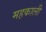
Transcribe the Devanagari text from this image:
महकाली